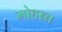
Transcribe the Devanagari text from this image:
मोहब्त